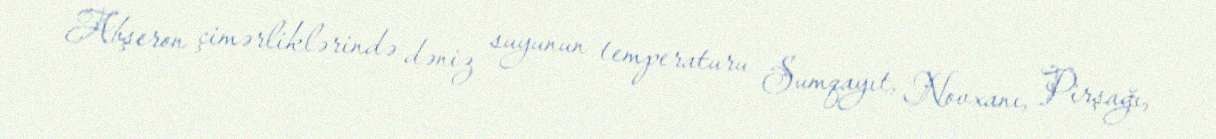
Abşeron çimərliklərində dəniz suyunun temperaturu Sumqayıt, Novxanı, Pirşağı,